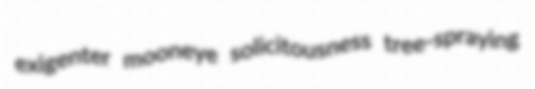
exigenter mooneye solicitousness tree-spraying